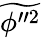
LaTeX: \widetilde{\phi^{\prime\prime 2}}